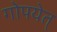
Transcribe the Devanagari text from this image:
गोपयेत्